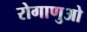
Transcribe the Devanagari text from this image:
रोगाणुओ